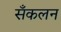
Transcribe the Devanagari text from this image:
सँकलन